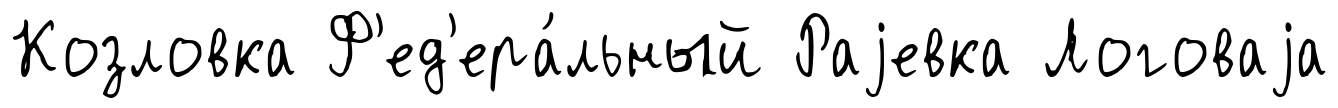
Козловка Ф'ед'ера́льный Раjевка Логоваjа